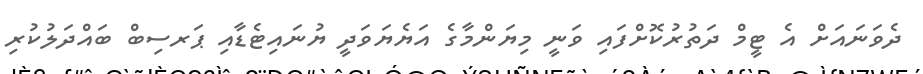
ދެވަނައަށް އެ ޓީމް ދަތުރުކޮށްފައި ވަނީ މިޔަންމާގެ އަޔެޔަވަދީ ޔުނައިޓެޑާއި ޕަރސިބް ބައްދަލުކުރި